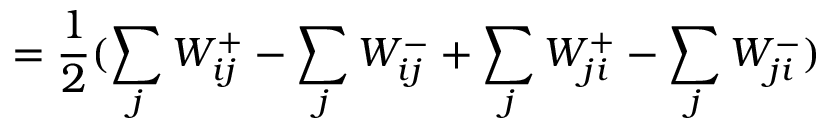
= \frac { 1 } { 2 } ( \sum _ { j } W _ { i j } ^ { + } - \sum _ { j } W _ { i j } ^ { - } + \sum _ { j } W _ { j i } ^ { + } - \sum _ { j } W _ { j i } ^ { - } )